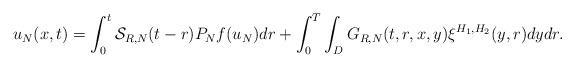
LaTeX: \begin{align*}u_{N}(x,t)=\int_{0}^{t}\mathcal{S}_{R,N}(t-r)P_{N}f(u_{N})dr+\int_{0}^{T}\int_{D}G_{R,N}(t,r,x,y)\xi^{H_{1},H_{2}}(y,r)dydr.\end{align*}